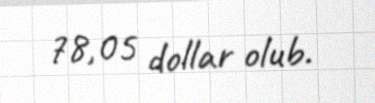
78,05 dollar olub.